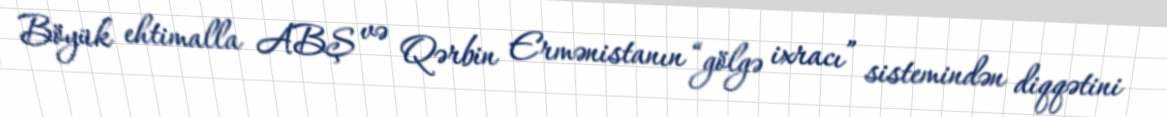
Böyük ehtimalla ABŞ və Qərbin Ermənistanın “gölgə ixracı” sistemindən diqqətini